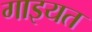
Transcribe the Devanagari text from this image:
गाइयत